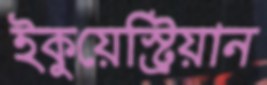
ইকুয়েস্ট্রিয়ান